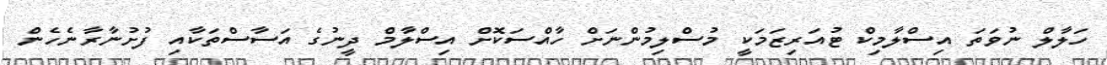
ހަލާލް ނުވަތަ އިސްލާމިކް ޓުއަރިޒަމަކީ މުސްލިމުންނަށް ހާއްސަކޮށް އިސްލާމް ދީނުގެ އަސާސްތަކާއި ފުށުނާރާނެހެން